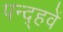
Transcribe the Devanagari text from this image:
पन्द़्हवें